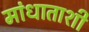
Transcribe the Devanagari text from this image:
मांधाताशी